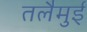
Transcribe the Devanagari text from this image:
तलैमुई